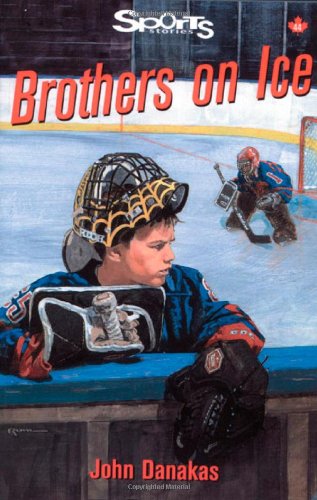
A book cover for Brothers on Ice (Lorimer Sports Stories); John Danakas; Children's Books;